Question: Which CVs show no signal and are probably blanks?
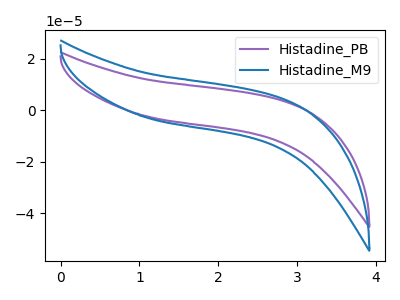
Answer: <think>The purple curve "Histadine_PB" has no peaks. The blue curve "Histadine_M9" has no peaks.</think>
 <answer>"Histadine_PB" and "Histadine_M9" are likely to be blanks.</answer>
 <eval>"Histadine_PB", "Histadine_M9"</eval>